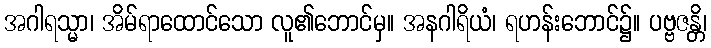
အဂါရသ္မာ၊ အိမ်ရာထောင်သော လူ၏ဘောင်မှ။ အနဂါရိယံ၊ ရဟန်းဘောင်၌။ ပဗ္ဗဇန္တိ၊